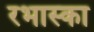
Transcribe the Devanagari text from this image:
रभास्‍का